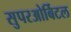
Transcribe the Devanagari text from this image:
सुपरओर्बिटल